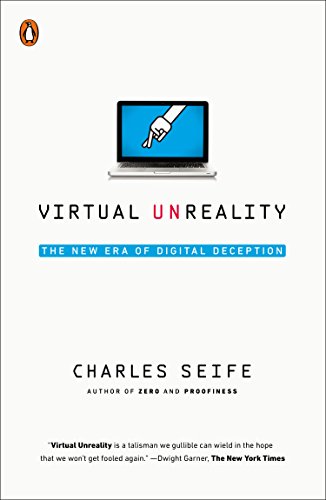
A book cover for Virtual Unreality: The New Era of Digital Deception; Charles Seife; Biographies & Memoirs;